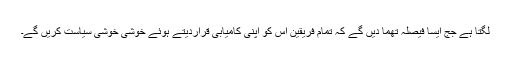
لگتا ہے جج ایسا فیصلہ تھما دیں گے کہ تمام فریقین اس کو اپنی کامیابی قراردیتے ہوئے خوشی خوشی سیاست کریں گے۔